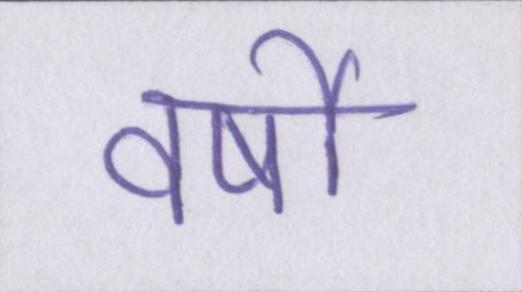
वर्षो